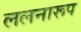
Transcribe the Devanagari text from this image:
ललनारूप